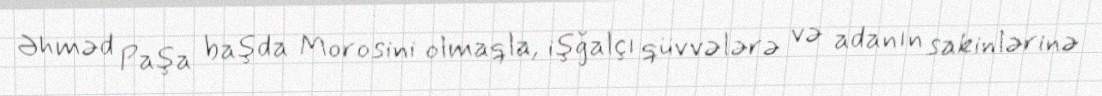
Əhməd Paşa başda Morosini olmaqla, işğalçı qüvvələrə və adanın sakinlərinə